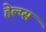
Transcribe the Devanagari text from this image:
हेल्प्स